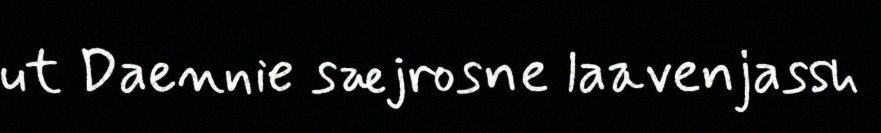
ut Daennie sæjrosne laavenjassh